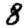
Digit: 8